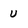
Character: u